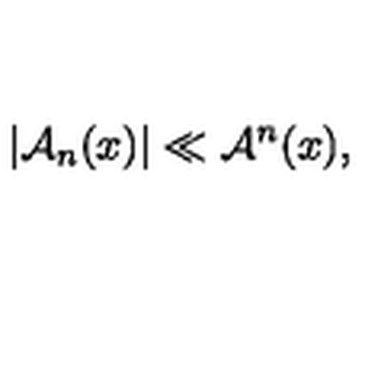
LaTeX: \left| { \cal A } _ { n } ( x ) \right| \ll { \cal A } ^ { n } ( x ) ,